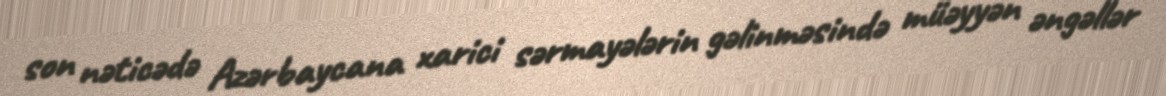
son nəticədə Azərbaycana xarici sərmayələrin gəlinməsində müəyyən əngəllər